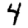
Digit: 4